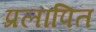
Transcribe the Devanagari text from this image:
प्रलापित